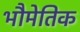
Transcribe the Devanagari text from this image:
भौमेतिक